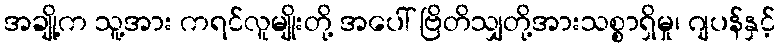
အချို့က သူ့အား ကရင်လူမျိုးတို့ အပေါ် ဗြိတိသျှတို့အားသစ္စာရှိမှု၊ ဂျပန်နှင့်